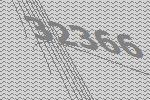
32366